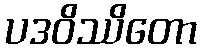
ပဒဝိဿိတော